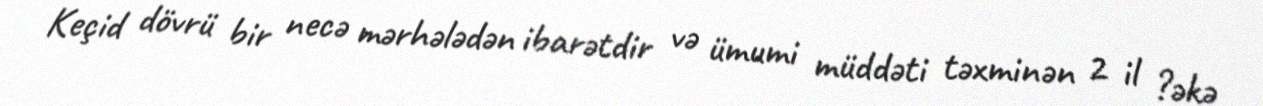
Keçid dövrü bir necə mərhələdən ibarətdir və ümumi müddəti təxminən 2 il ?əkə